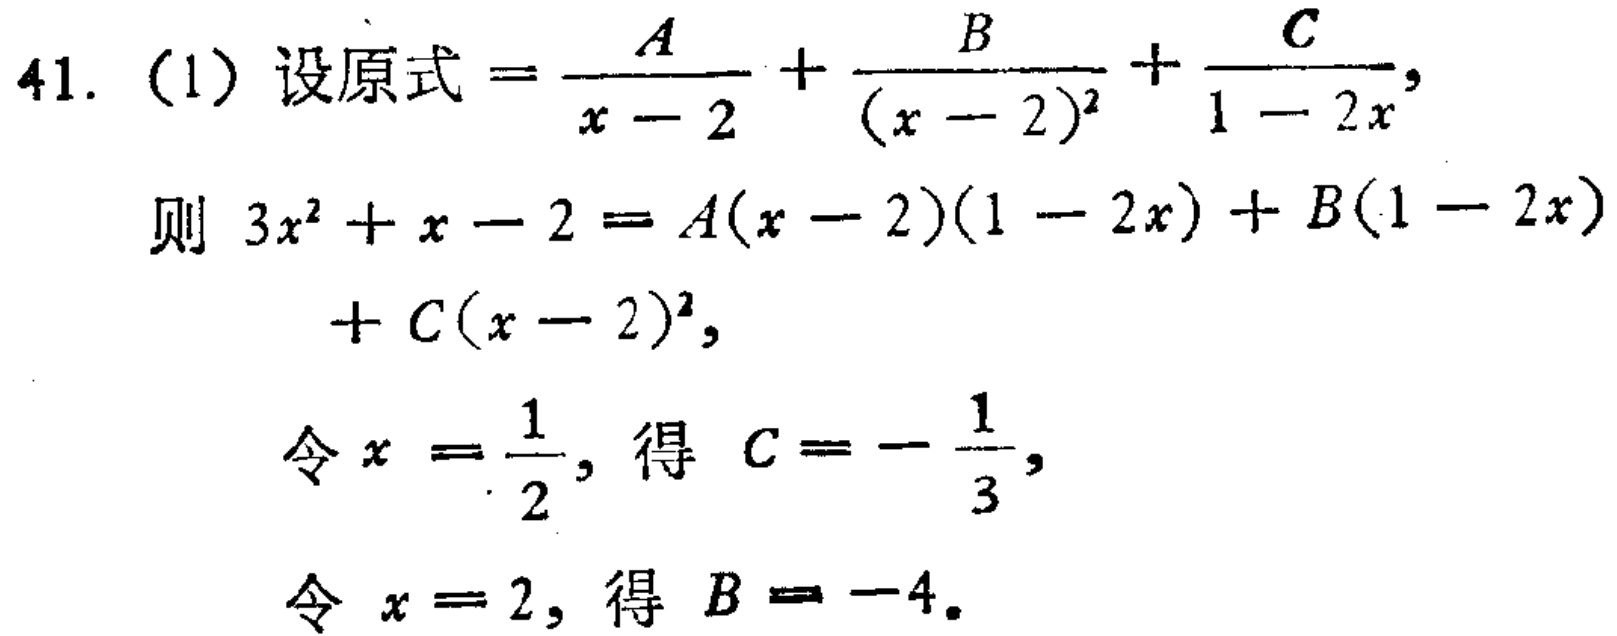
41. (1) 设原式\(=\frac{A}{x - 2}+\frac{B}{(x - 2)^2}+\frac{C}{1 - 2x}\)，

则\(3x^{2}+x - 2=A(x - 2)(1 - 2x)+B(1 - 2x)+C(x - 2)^{2}\)，

令\(x = \frac{1}{2}\)，得 \(C=-\frac{1}{3}\)，

令 \(x = 2\)，得 \(B = - 4\)。